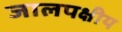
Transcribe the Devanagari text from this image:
जालपक्षीय